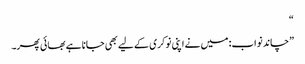
“
”چاند نواب: میں نے اپنی نوکری کے لیے بھی جانا ہے بھائی پھر۔